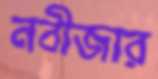
নবীজার